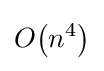
O{\mathord {\left(n^{4}\right)}}